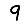
Digit: 9